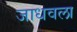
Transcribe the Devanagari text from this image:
जाधवला